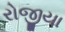
રોજીયા